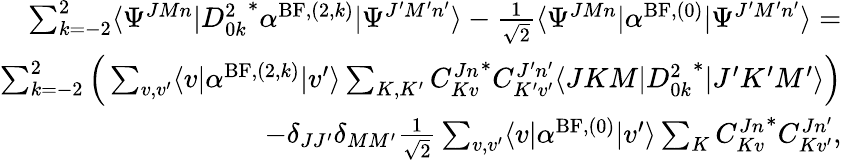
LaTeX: \begin{array}{r}{\sum_{k=-2}^{2}\langle\Psi^{JMn}\vert{D_{0k}^{2}}^{*}\alpha^{\mathrm{BF},(2,k)}\vert\Psi^{J^{\prime}M^{\prime}n^{\prime}}\rangle-\frac{1}{\sqrt{2}}\langle\Psi^{JMn}\vert\alpha^{\mathrm{BF},(0)}\vert\Psi^{J^{\prime}M^{\prime}n^{\prime}}\rangle=}\\ {\sum_{k=-2}^{2}\Big(\sum_{v,v^{\prime}}\langle v\vert\alpha^{\mathrm{BF},(2,k)}\vert v^{\prime}\rangle\sum_{K,K^{\prime}}{C_{Kv}^{Jn}}^{*}C_{K^{\prime}v^{\prime}}^{J^{\prime}n^{\prime}}\langle JKM\vert{D_{0k}^{2}}^{*}\vert J^{\prime}K^{\prime}M^{\prime}\rangle\Big)}\\ {-\delta_{JJ^{\prime}}\delta_{MM^{\prime}}\frac{1}{\sqrt{2}}\sum_{v,v^{\prime}}\langle v\vert\alpha^{\mathrm{BF},(0)}\vert v^{\prime}\rangle\sum_{K}{C_{Kv}^{Jn}}^{*}C_{Kv^{\prime}}^{Jn^{\prime}},}\end{array}